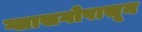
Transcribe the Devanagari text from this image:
ग्लासगोपासून